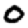
Digit: 0